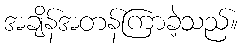
အချိန်အတန်ကြာခဲ့သည်။